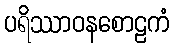
ပရိဿာဝနစောဠကံ